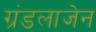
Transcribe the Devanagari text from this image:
ग्रंडलाजेन